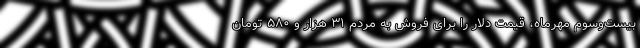
بیست‌وسوم مهرماه، قیمت دلار را برای فروش به مردم ۳۱ هزار و ۵۸۰ تومان